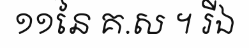
១១នៃ គ.ស ។ រីឯ